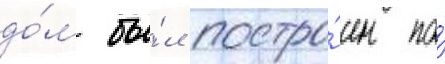
до́м бы́л постро́ен по́